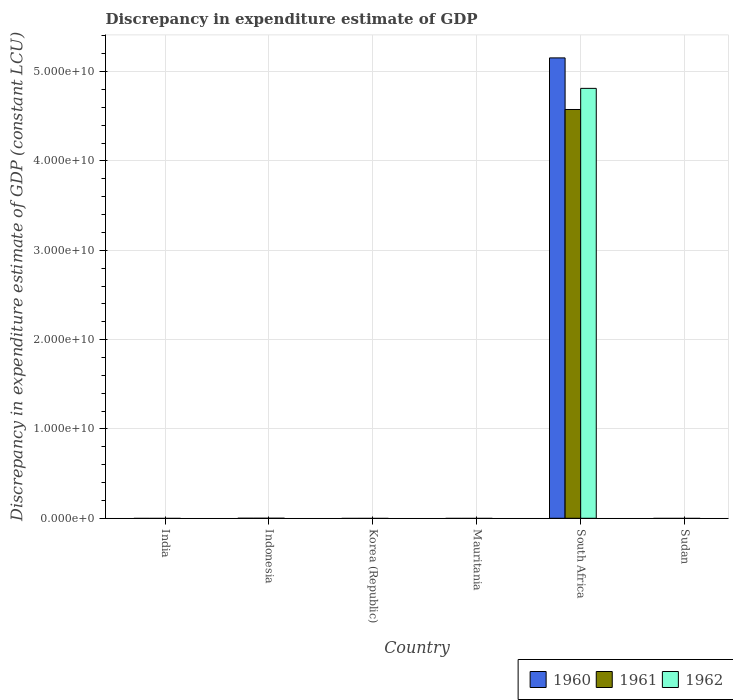
| Country | 1960 | 1961 | 1962 |
 | --- | --- | --- | --- |
 | India | -4.92e+10 | -5.39e+10 | -7.39e+10 |
 | Indonesia | -2.23e+06 | -2.42e+06 | -1.4e+06 |
 | Korea (Republic) | -1.64e+13 | -1.66e+13 | -1.73e+13 |
 | Mauritania | -6.24e+12 | -1.32e+13 | -1.6e+13 |
 | South Africa | 5.15e+10 | 4.58e+10 | 4.81e+10 |
 | Sudan | -6.55e+08 | -4.47e+08 | -4.68e+08 |